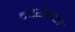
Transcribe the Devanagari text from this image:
द्रव्यबळ